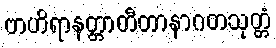
ဗာဟိရာနတ္တာတီတာနာဂတသုတ္တံ